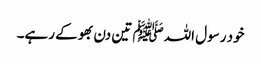
خود رسول اللہﷺ تین دن بھوکے رہے۔